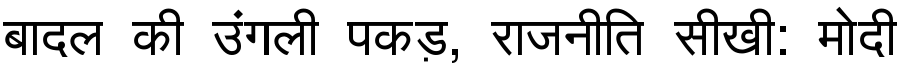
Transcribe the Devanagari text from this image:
बादल की उंगली पकड़, राजनीति सीखी: मोदी